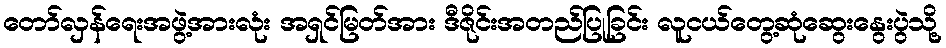
တော်လှန်ရေးအဖွဲ့အားလုံး အရှင်မြတ်အား ဒီဇိုင်းအတည်ပြုခြင်း လူငယ်တွေ့ဆုံဆွေးနွေးပွဲသို့